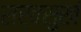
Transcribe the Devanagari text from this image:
सर्वसुखं